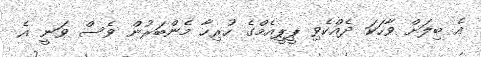
އެ ބިލަށް ވާހަކަ ދެއްކެވި ޕީޕީއެމްގެ ހުރިހާ މެންބަރުން ވެސް ވަނީ އެ